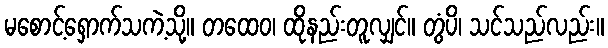
မစောင့်ရှောက်သကဲ့သို့။ တထေဝ၊ ထိုနည်းတူလျှင်။ တွံပိ၊ သင်သည်လည်း။